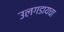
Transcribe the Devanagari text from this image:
उलगडायचा